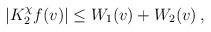
LaTeX: \begin{align*} \begin{aligned} |K_2^\chi f (v)| \leq W_1 (v) + W_2 (v) \,, \end{aligned} \end{align*}